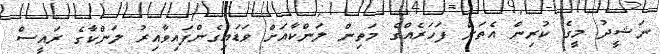
ނަޝީދު މީގެ ކުރިން އެތަށް ފަހަރެއްގެ މަތިން ލަންކާއަށް ވަޑައިގެންފައިވާއިރު ލަންކާގެ ރައީސް